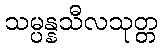
သမ္ပန္နသီလသုတ္တ